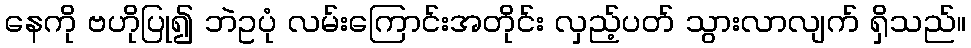
နေကို ဗဟိုပြု၍ ဘဲဥပုံ လမ်းကြောင်းအတိုင်း လှည့်ပတ် သွားလာလျက် ရှိသည်။